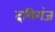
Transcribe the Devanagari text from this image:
दयिगंज